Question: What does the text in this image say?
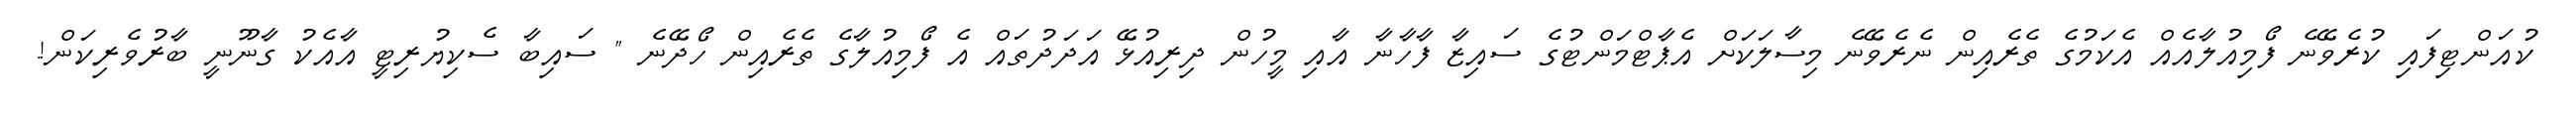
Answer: ކުއަންޓިފައި ކުރެވޭނެ ފޯމިއުލާއެއް އެކަމުގެ ތެރެއިން ނެރެވޭނެ މިސާލަކަށް އެޕާޓްމަންޓުގެ ސައިޒާ ފާހާނާ އާއި މީހުން ދިރިއުޅޭ އަދަދުތައް އެ ފޯމިއުލާގެ ތެރެއިން ހޯދޭނެ " ސައިބާ ސެކިޔުރިޓީ އާއެކު ގާނޫނީ ބާރުވެރިކަން!.